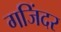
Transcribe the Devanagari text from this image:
गजिंदर